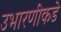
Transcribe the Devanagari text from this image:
उभारणीकडे